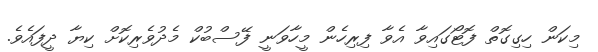
މިކަން ހިގިގޮތް ފޮޓޯގައިވާ އެވާ ފިރިހެން މީހާވަނީ ފޭސްބުކް މެދުވެރިކޮށް ކިޔާ ދީފައެވެ.